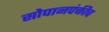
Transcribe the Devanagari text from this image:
सोपानपंक्तीच